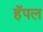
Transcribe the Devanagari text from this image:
हॅपल